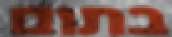
בתום